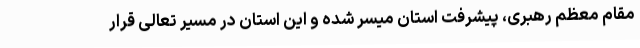
مقام معظم رهبری، پیشرفت استان میسر شده و این استان در مسیر تعالی قرار